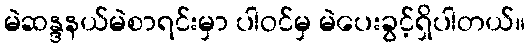
မဲဆန္ဒနယ်မဲစာရင်းမှာ ပါဝင်မှ မဲပေးခွင့်ရှိပါတယ်။